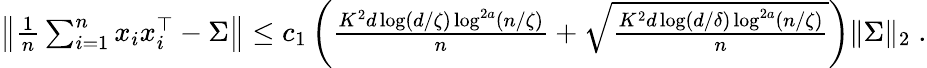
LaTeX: \begin{array}{r}{\left\| \frac{1}{n}\sum_{i=1}^{n}x_{i}x_{i}^{\top}-\Sigma\right\| \leq c_{1}\left(\frac{K^{2}d\log(d/\zeta)\log^{2a}(n/\zeta)}{n}+\sqrt{\frac{K^{2}d\log(d/\delta)\log^{2a}(n/\zeta)}{n}}\right)\| \Sigma\| _{2}\; .}\end{array}